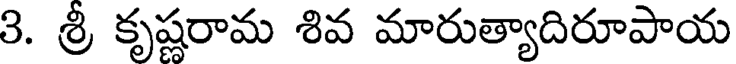
3. శ్రీ కృష్ణరామ శివ మారుత్యాదిరూపాయ